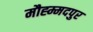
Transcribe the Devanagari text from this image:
मौह्म्मदपुर